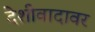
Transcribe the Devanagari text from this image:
देशीवादावर